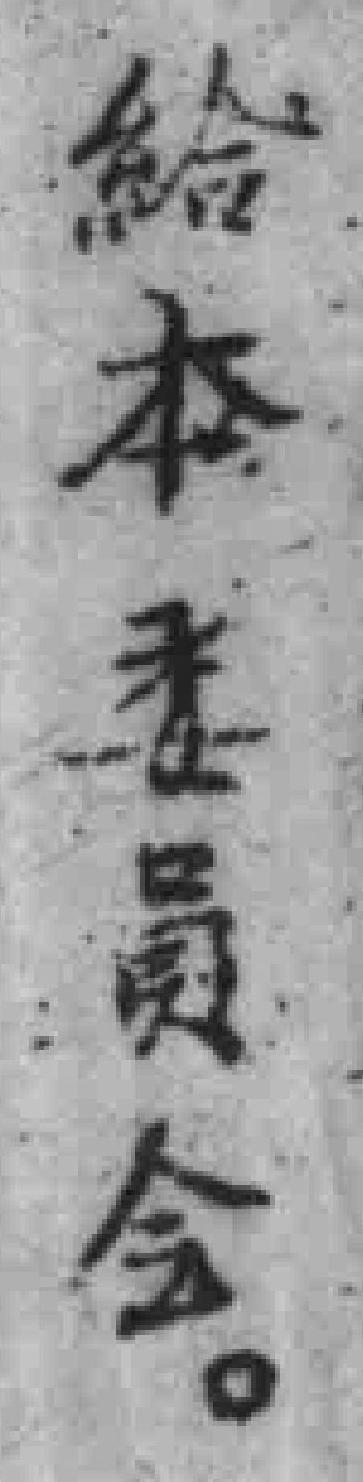
給本委員会。